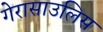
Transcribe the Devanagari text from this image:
गेरासाउलिस